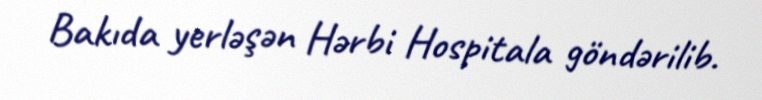
Bakıda yerləşən Hərbi Hospitala göndərilib.